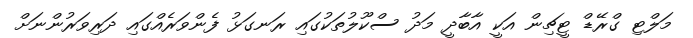
މަލްޓި ގްރޭޑް ޓީޗިން އަކީ އާބާދީ މަދު ސްކޫލުތަކުގައި ރަނގަޅު ފެންވަރެއްގައި ދަރިވަރުންނަށް